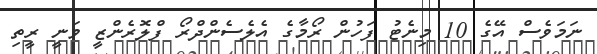
ނަމަވެސް އޭގެ 10 މިނެޓު ފަހުން ރޯމާގެ އެލެސެންދްރޯ ފްލޮރެންޒީ ވަނީ ރީތި